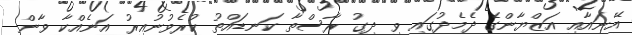
އޭނައާއި އަޒްޔާންގެ ދެމެދުގައި ވި ދިގު ރާސްތާ ކަނޑައްތު ކުރެވުނުއިރު އަނެއްކާ ވާން